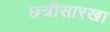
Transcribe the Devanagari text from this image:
छत्रीसारखा